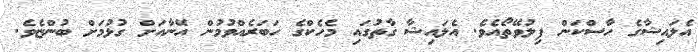
އެލައިޝާގެ ހާސްކަން ފިލުވޭތޯއެވެ. އެލައިޝާ ގާތުގައި މެހެކްގެ ހަބަރެއްވުމުން އޭނާއަށް ގުޅުމަށް ބުންޏެވެ.